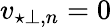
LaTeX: v_{\star\perp,n}=0